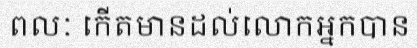
ពលៈ កើតមានដល់លោកអ្នកបាន